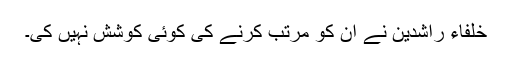
خلفاء راشدین نے ان کو مرتب کرنے کی کوئی کوشش نہیں کی۔